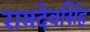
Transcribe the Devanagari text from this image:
रामदेवसिंह